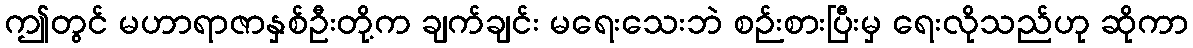
ဤတွင် မဟာရာဇာနှစ်ဦးတို့က ချက်ချင်း မရေးသေးဘဲ စဉ်းစားပြီးမှ ရေးလိုသည်ဟု ဆိုကာ